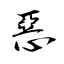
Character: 惡